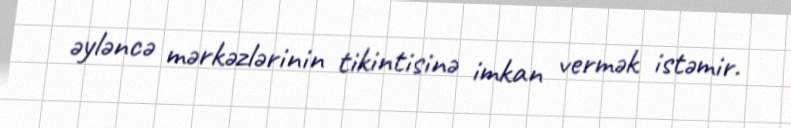
əyləncə mərkəzlərinin tikintisinə imkan vermək istəmir.